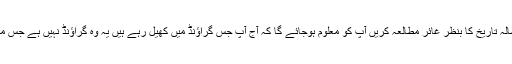
یہ وہ میچ نہیں ہے، آپ اس ملک کی 70 سالہ تاریخ کا بنظر غائر مطالعہ کریں آپ کو معلوم ہوجائے گا کہ آج آپ جس گراؤنڈ میں کھیل رہے ہیں یہ وہ گراؤنڈ نہیں ہے جس میں آپ کسی زمانے میں کھیلا کرتے تھے۔